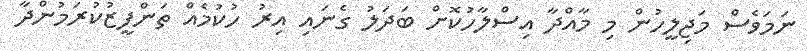
ނަމަވެސް މަޖިލީހުން މި މާއްދާ އިސްލާހުކޮށް ބަދަލު ގެނައި އިރު ހުކުމެއް ތަންފީޒުކުރަމުންދާ